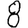
Digit: 8